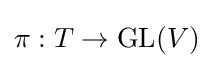
\pi :T\to \operatorname {GL} (V)